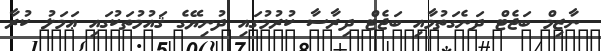
ނާޒިމް ބަޖެޓް ދަނެގަތުމާއި ބަޖެޓް ދިރާސާ ކުރުމުގައި ދުނިޔޭގެ ޤައުމުތަކުގައި ޢަމަލު ކުރާ